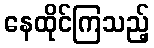
နေထိုင်ကြသည့်